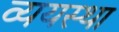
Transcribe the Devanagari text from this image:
व्ययस्था